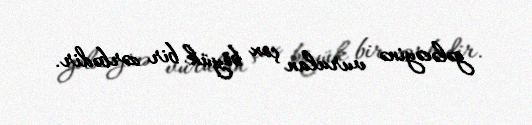
gələcəyinə vurulan çox böyük bir zərbədir.